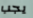
يجب